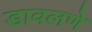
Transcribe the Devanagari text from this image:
डावलणे